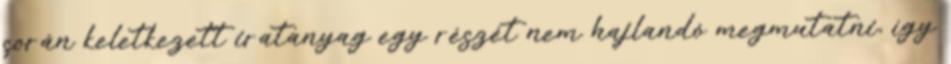
során keletkezett iratanyag egy részét nem hajlandó megmutatni, így